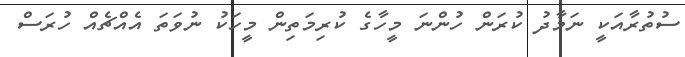
ސުތުރާއަކީ ނަމާދު ކުރަން ހުންނަ މީހާގެ ކުރިމަތިން މީހަކު ނުވަތަ އެއްޗެއް ހުރަސް